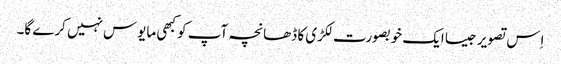
اِس تصویر جیسا ایک خوبصورت لکڑی کا ڈھانچہ آپ کو کبھی مایوس نہیں کرے گا۔